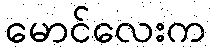
မောင်လေးက